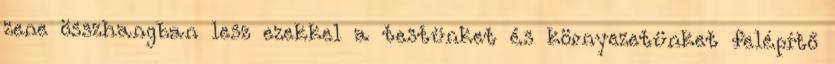
zene összhangban lesz ezekkel a testünket és környezetünket felépítő